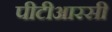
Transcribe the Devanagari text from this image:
पीटीआरसी